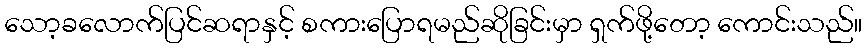
သော့ခလောက်ပြင်ဆရာနှင့် စကားပြောရမည်ဆိုခြင်းမှာ ရှက်ဖို့တော့ ကောင်းသည်။